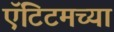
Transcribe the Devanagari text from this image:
ऍंटिटमच्या